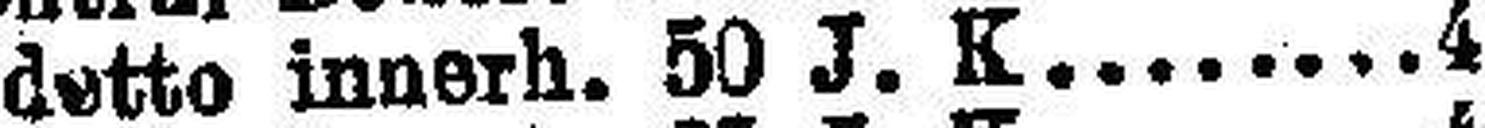
detto innerh. 50 J. K 4